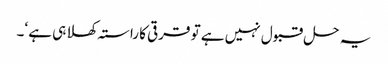
یہ حل قبول نہیں ہے تو قرقی کا راستہ کھلا ہی ہے ‘۔